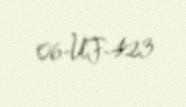
06-UF-423